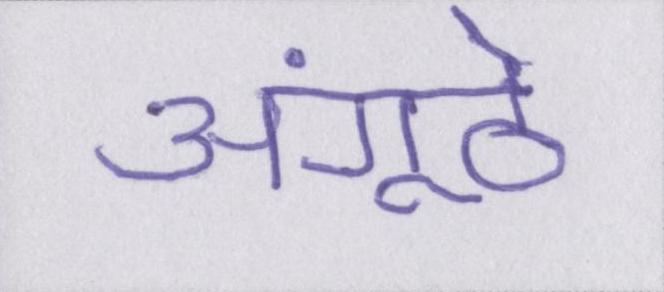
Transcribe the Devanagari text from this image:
अंगूठे